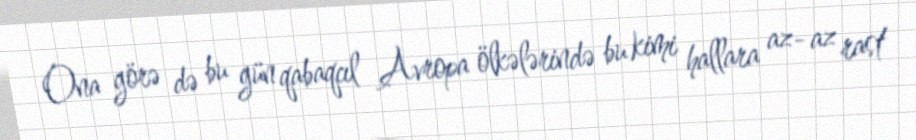
Ona görə də bu gün qabaqcıl Avropa ölkələrində bu kimi hallara az- az rast